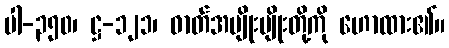
ပါ-၃၅၀၊ ဋ္ဌ-၁၂၁၊ ဓာတ်အမျိုးမျိုးတို့ကို ဟောထား၏။